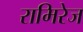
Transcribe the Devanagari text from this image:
रामिरेज